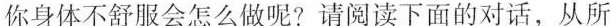
你身体不舒服会怎么做呢?请阅读下面的对话,从所